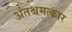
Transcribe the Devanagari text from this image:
अंतश्चमत्कार